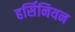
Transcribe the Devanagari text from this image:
हर्सिनियन